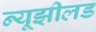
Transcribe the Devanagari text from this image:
न्यूझीलड